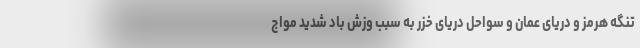
تنگه هرمز و دریای عمان و سواحل دریای خزر به سبب وزش باد شدید مواج